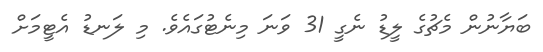
ބަޔާނުން މެޗުގެ ލީޑު ނެގީ 31 ވަނަ މިނެޓުގައެވެ. މި ލަނޑު އެޓީމަށް